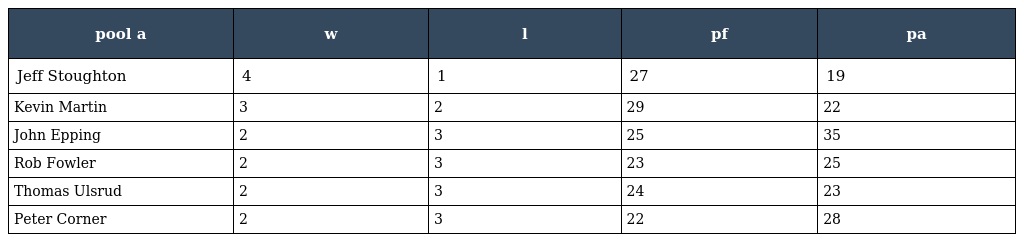
| pool a | w | l | pf | pa |
 | --- | --- | --- | --- | --- |
 | Jeff Stoughton | 4 | 1 | 27 | 19 |
 | Kevin Martin | 3 | 2 | 29 | 22 |
 | John Epping | 2 | 3 | 25 | 35 |
 | Rob Fowler | 2 | 3 | 23 | 25 |
 | Thomas Ulsrud | 2 | 3 | 24 | 23 |
 | Peter Corner | 2 | 3 | 22 | 28 |